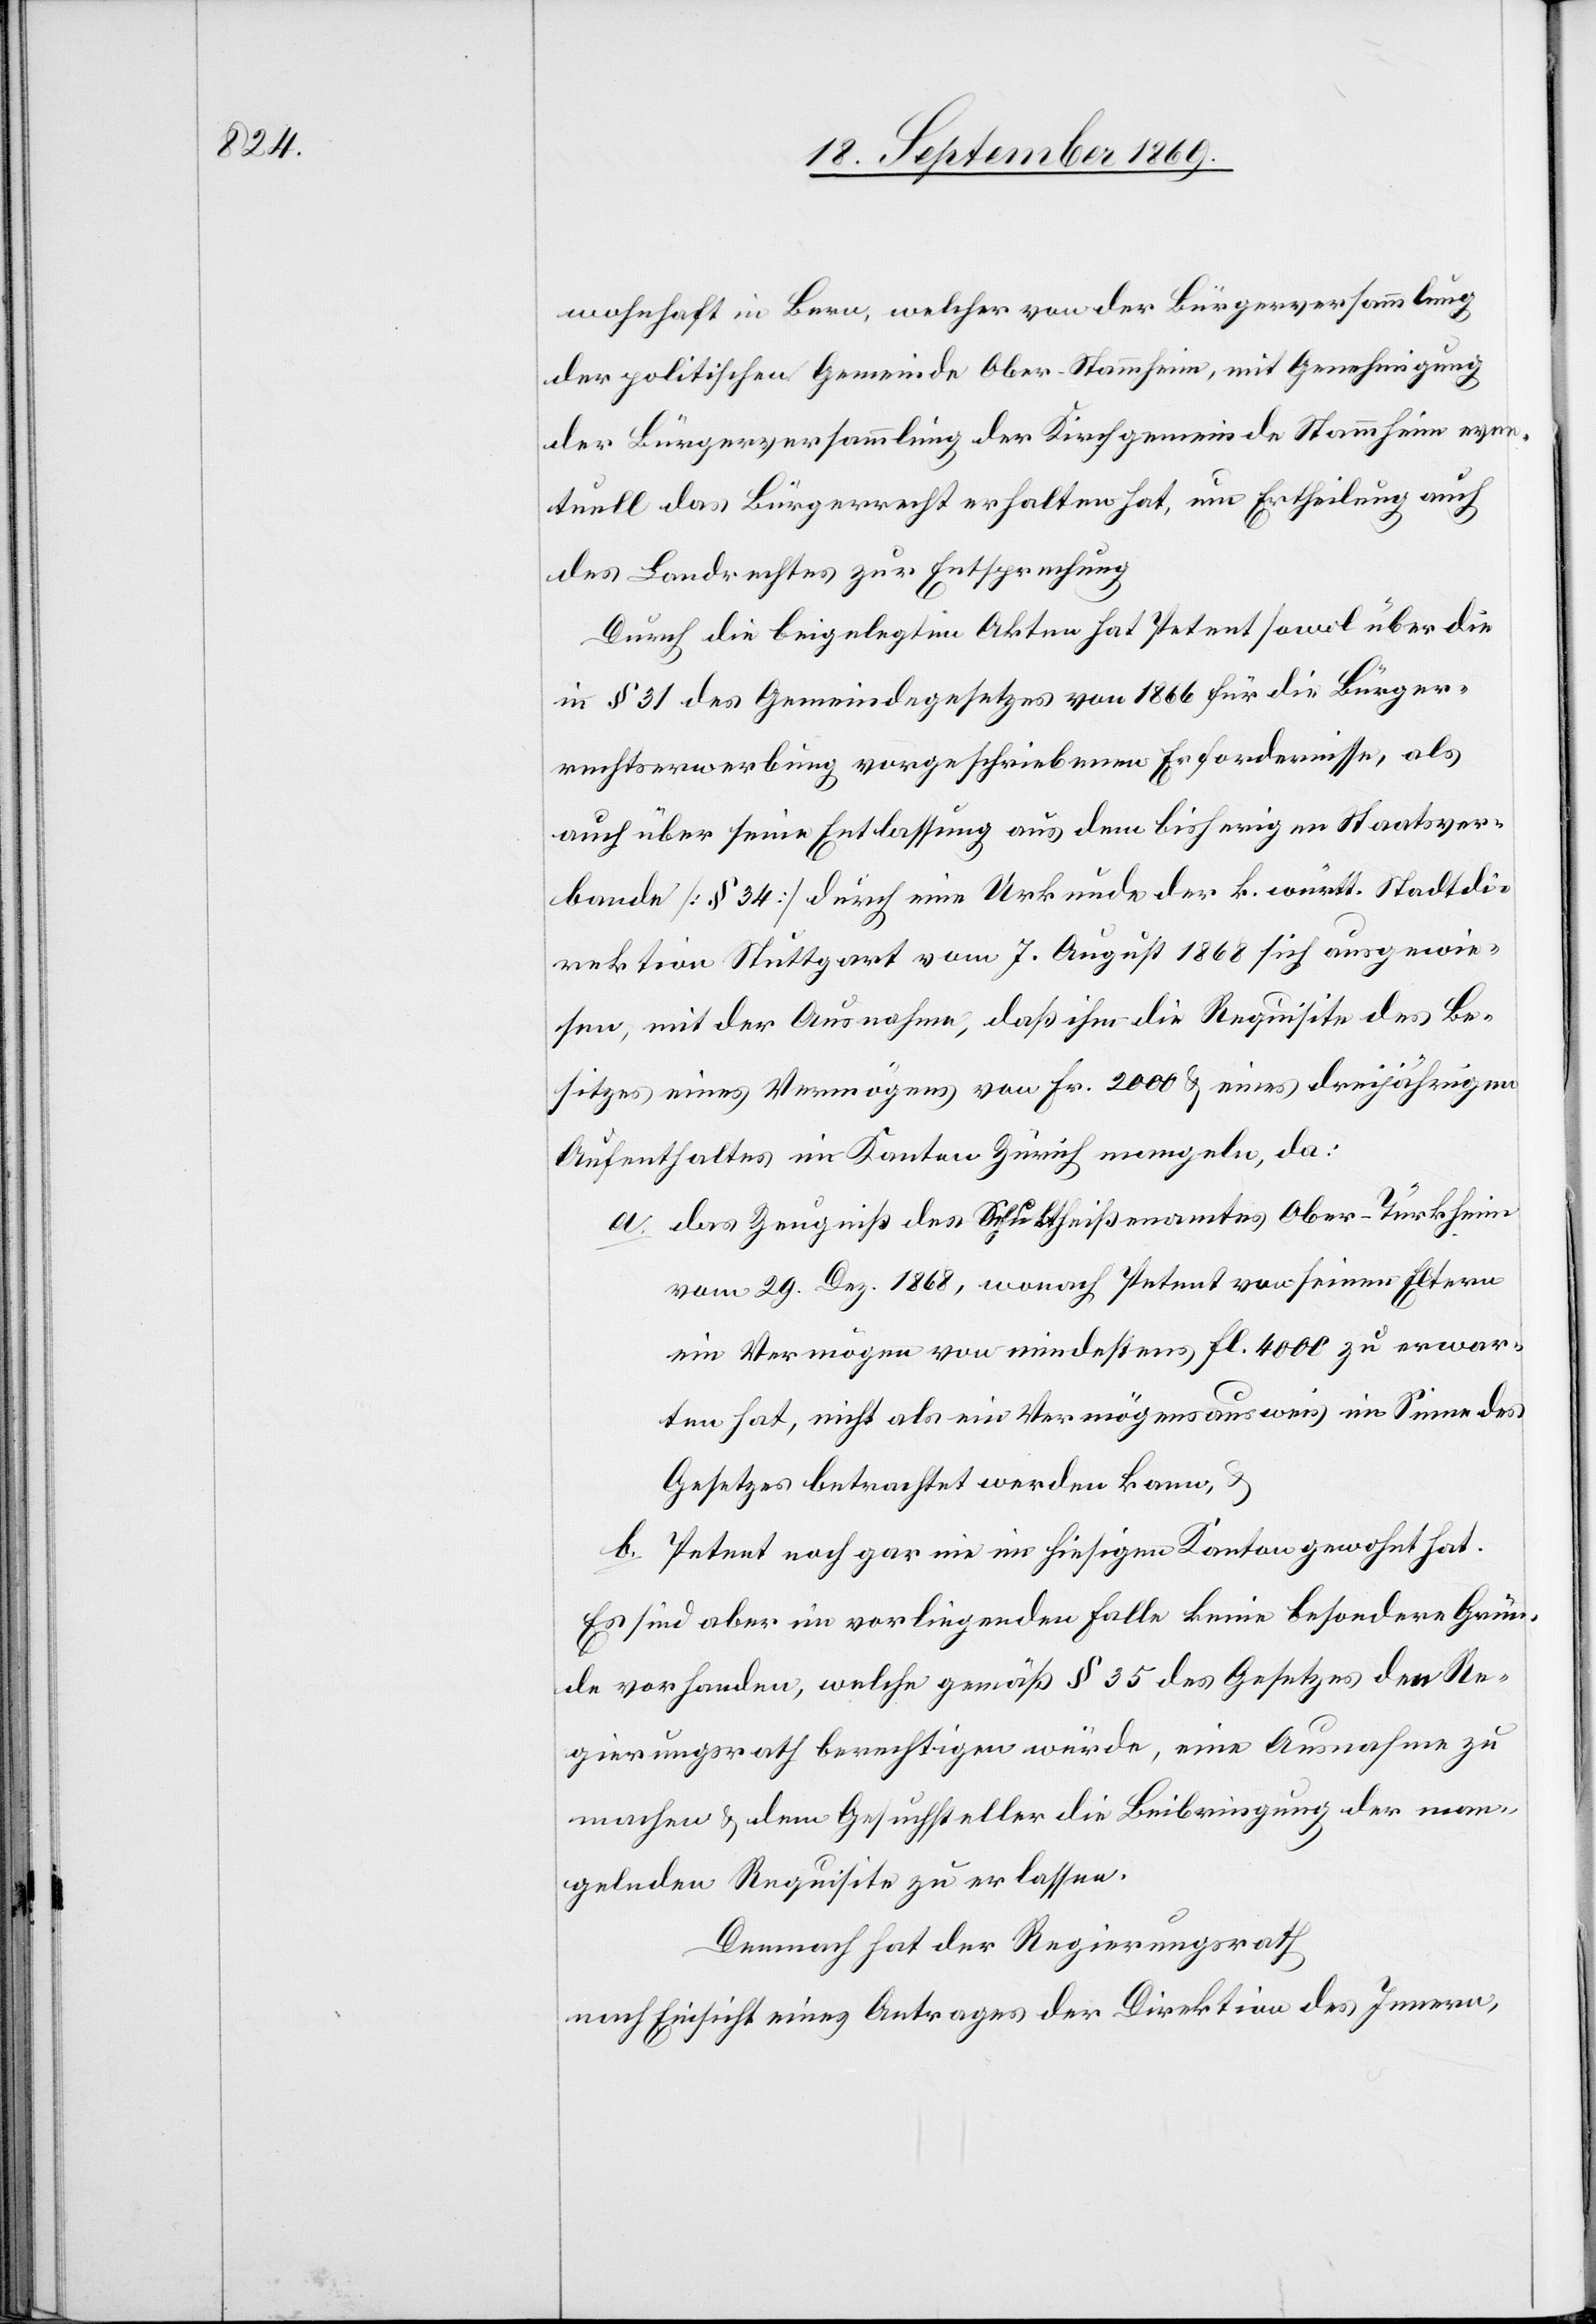
wohnhaft in Bern, welcher von der Bürgerversammlung
der politischen Gemeinde Ober-Stammheim, mit Genehmigung
der Bürgerversammlung der Kirchgemeinde Stammheim even¬
tuell das Bürgerrecht erhalten hat, um Ertheilung auch
des Landrechtes zur Entsprechung[.]
Durch die beigelegten Akten hat Petent sowol über die
in § 31 des Gemeindegesetzes von 1866 für die Bürger¬
rechtserwerbung vorgeschriebenen Erfordernisse, als
auch über seine Entlassung aus dem bisherigen Staatsver¬
bande [§ 34] durch eine Urkunde der k. württ. Stadtdi¬
rektion Stuttgart vom 7. August 1868 sich ausgewie¬
sen, mit der Ausnahme, daß ihm die Requisite des Be¬
sitzes eines Vermögens von Fr. 2000 & eines dreijährigen
Aufenthaltes im Kanton Zürich mangeln, da:
a. das Zeugniß des Schultheißenamtes Ober-Türkheim
vom 29. Dez. 1868, wonach Petent von seinen Eltern
ein Vermögen von mindestens fl. 4000 zu erwar¬
ten hat, nicht als ein Vermögensausweis im Sinne des
Gesetzes betrachtet werden kann, &
b. Petent noch gar nie im hiesigen Kanton gewohnt hat.
Es sind aber im vorliegenden Falle keine besondere Grün¬
de vorhanden, welche gemäß § 35 des Gesetzes den Re¬
gierungsrath berechtigen würde[n], eine Ausnahme zu
machen & dem Gesuchsteller die Beibringung der man¬
gelnden Requisite zu erlassen.
Demnach hat der Regierungsrath
nach Einsicht eines Antrages der Direktion des Innern,